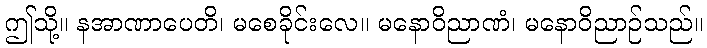
ဤသို့။ နအာဏာပေတိ၊ မစေခိုင်းလေ။ မနောဝိညာဏံ၊ မနောဝိညာဉ်သည်။